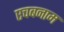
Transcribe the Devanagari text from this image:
एचबनाम